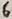
Text: 6